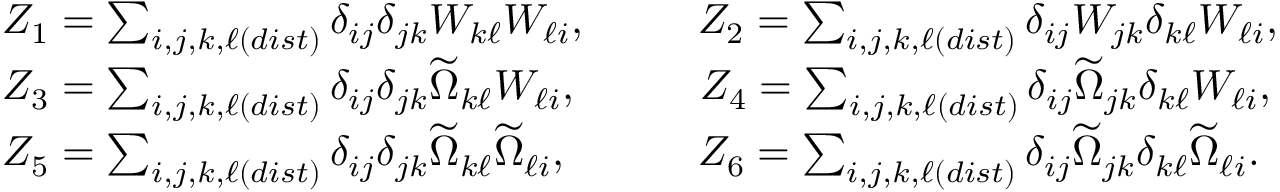
\begin{array} { r l } & { Z _ { 1 } = \sum _ { i , j , k , \ell ( d i s t ) } \delta _ { i j } \delta _ { j k } W _ { k \ell } W _ { \ell i } , \qquad \; \; Z _ { 2 } = \sum _ { i , j , k , \ell ( d i s t ) } \delta _ { i j } W _ { j k } \delta _ { k \ell } W _ { \ell i } , } \\ & { Z _ { 3 } = \sum _ { i , j , k , \ell ( d i s t ) } \delta _ { i j } \delta _ { j k } \widetilde { \Omega } _ { k \ell } W _ { \ell i } , \qquad \; \; \; Z _ { 4 } = \sum _ { i , j , k , \ell ( d i s t ) } \delta _ { i j } \widetilde { \Omega } _ { j k } \delta _ { k \ell } W _ { \ell i } , } \\ & { Z _ { 5 } = \sum _ { i , j , k , \ell ( d i s t ) } \delta _ { i j } \delta _ { j k } \widetilde { \Omega } _ { k \ell } \widetilde { \Omega } _ { \ell i } , \qquad \quad Z _ { 6 } = \sum _ { i , j , k , \ell ( d i s t ) } \delta _ { i j } \widetilde { \Omega } _ { j k } \delta _ { k \ell } \widetilde { \Omega } _ { \ell i } . } \end{array}